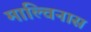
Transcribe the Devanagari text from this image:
माल्विनास